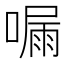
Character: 𠼇